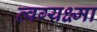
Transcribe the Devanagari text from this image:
त्वग्यक्ष्मा